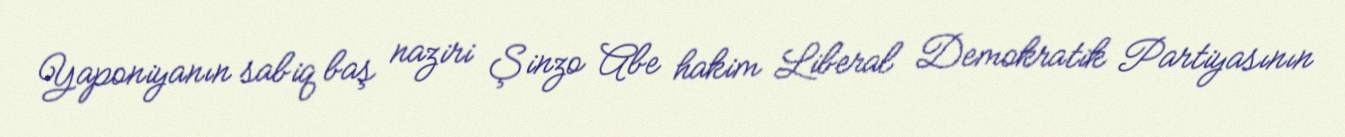
Yaponiyanın sabiq baş naziri Şinzo Abe hakim Liberal Demokratik Partiyasının